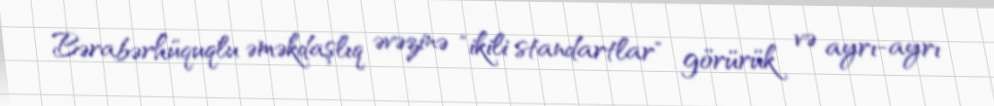
Bərabərhüquqlu əməkdaşlıq əvəzinə "ikili standartlar" görürük və ayrı-ayrı